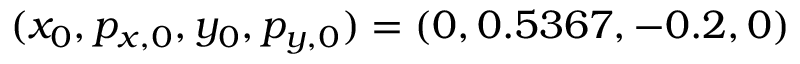
( x _ { 0 } , p _ { x , 0 } , y _ { 0 } , p _ { y , 0 } ) = ( 0 , 0 . 5 3 6 7 , - 0 . 2 , 0 )